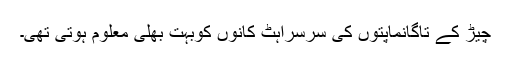
چیڑ کے تاگانماپتوں کی سرسراہٹ کانوں کوبہت بھلی معلوم ہوتی تھی۔